system: You are a helpful assistant.
user:
Analyze the provided spectrum to determine if it is a **S-type Star**.

- **Key Indicators for S-type Star:**

    - **(Overall Spectrum Shape):** The first and most obvious characteristic is the overall continuum (the "baseline" shape). It is **extremely "red-sloping,"** meaning the flux (light intensity) is very low on the left side (blue, ~4000-4500 Å) and rises steeply and continuously toward the right side (red, ~7000 Å+).

    - **(Primary):** The spectrum is defined by the presence of strong, broad molecular absorption "valleys" (bands) from **Zirconium Oxide (ZrO)**. The identification of these bands is the **primary requirement** for classifying a star as S-type.
        - **(Key Bandheads):** You must find distinct, deep "dips" where the light has been absorbed. The most critical band systems to locate are:
            - **~6474 Å** ($\gamma$-system): This is often the strongest and clearest ZrO feature, found in the red part of the spectrum.
            - **~5718 Å** & **~5551 Å** ($\beta$-system): A pair of prominent absorption features in the yellow-orange part of the spectrum.
            - **~4640 Å** ($\alpha$-system): A key absorption band system in the blue-green region of the spectrum.

    - **(Secondary Confirmation):** The classification is strengthened by finding additional absorption bands from other related heavy element oxides, which are expected to be present alongside ZrO.
        - **(Key Bandheads):**
            - **Yttrium Oxide (YO):** Look for absorption dips near **~4800 Å** and **~6100 Å**.
            - **Lanthanum Oxide (LaO):** Additional absorption features, particularly in the red-orange part of the spectrum, are also characteristic.

    - **(Line Profile):** The combination of the steep red continuum and these numerous, deep molecular bands (ZrO, YO, etc.) gives the entire spectrum a very **"chopped-up"** or **"bumpy"** appearance. Instead of a smooth curve, the spectrum looks as though large, wide chunks of light have been "carved out" of it at the specific wavelengths listed above.

Think first, call **spectral_visualization_tool** if needed to examine features in detail, then provide your final answer. Your response must adhere to the following strict rules:
1.  **Overall Structure:** Your response must follow the format `<think>...</think> <tool_call>...</tool_call> (if a tool is used) <answer>...</answer>`.
2.  **Tool Usage Constraint:** You may only make **one** tool call per turn.
3.  **Final Answer Format:** In the `<answer>` tag, your conclusion must be inside a `\boxed{}` command (e.g., `\boxed{YES}` or `\boxed{NO}`), followed by your justification.

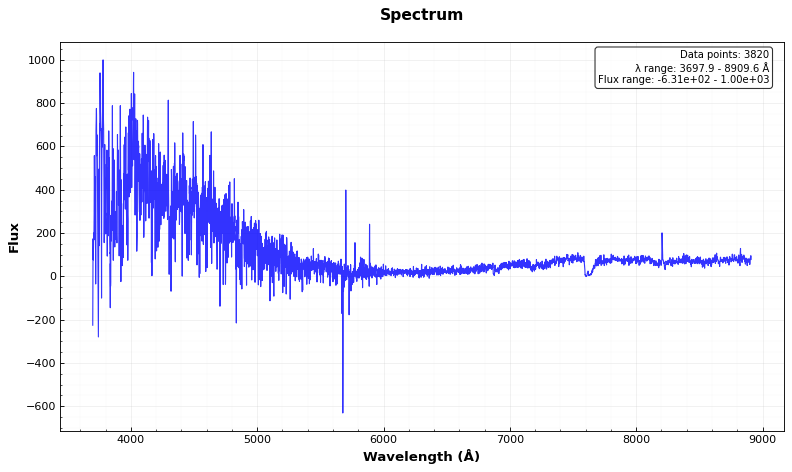
Answer: YES